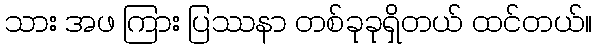
သား အဖ ကြား ပြဿနာ တစ်ခုခုရှိတယ် ထင်တယ်။